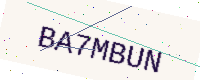
Text: BA7MBUN